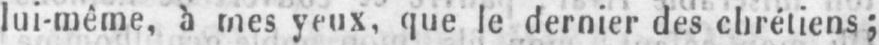
lui-même, a mes yeux, que le dernier des chrétiens;